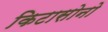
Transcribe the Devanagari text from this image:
किटासोनो